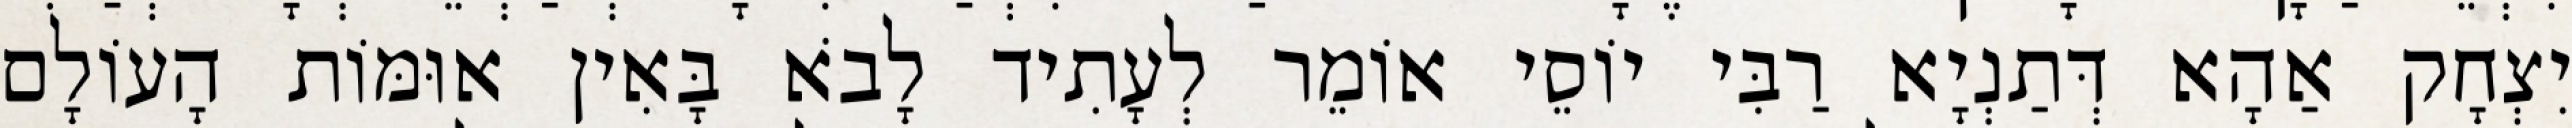
יִצְחָק אַהָא דְּתַנְיָא רַבִּי יוֹסֵי אוֹמֵר לְעָתִיד לָבֹא בָּאִין אוּמּוֹת הָעוֹלָם